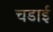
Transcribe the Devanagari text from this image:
चडाई